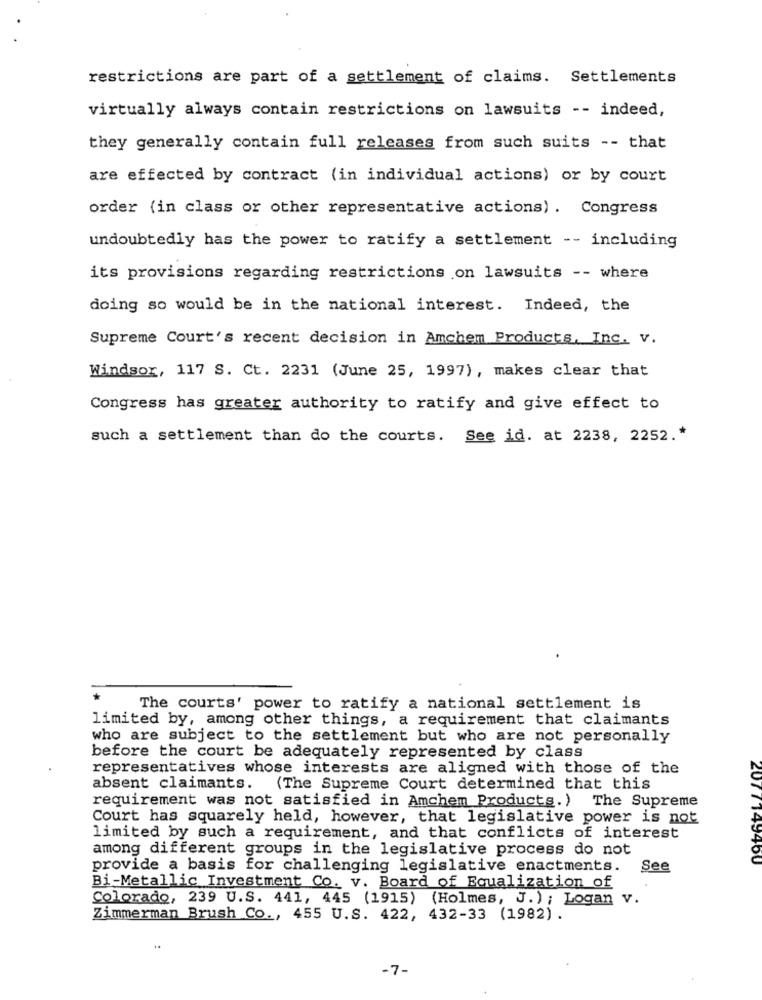
restrictions are part of a settlement of claims. Settlements
virtually always contain restrictions on lawsuits -- indeed,
they generally contain full releases from such suits -- that
are effected by contract (in individual actions) or by court
order (in class or other representative actions) . Congress
undoubtedly has the power to ratify a settlement -- including
its provisions regarding restrictions on lawsuits -- where
doing so would be in the national interest. Indeed, the
Supreme Court's recent decision in Amchem Products, Inc. v.
Windsor, 117 S. Ct. 2231 (June 25, 1997), makes clear that
Congress has greater authority to ratify and give effect to
such a settlement than do the courts. See id. at 2238, 2252 .*
The courts' power to ratify a national settlement is
limited by, among other things, a requirement that claimants
who are subject to the settlement but who are not personally
before the court be adequately represented by class
representatives whose interests are aligned with those of the
absent claimants. (The Supreme Court determined that this
requirement was not satisfied in Amchem Products.) The Supreme
Court has squarely held, however, that legislative power is not
limited by such a requirement, and that conflicts of interest
among different groups in the legislative process do not
149400
provide a basis for challenging legislative enactments.
See
Bi-Metallic Investment Co. v. Board of Equalization of
Colorado, 239 U.S. 441, 445 (1915) (Holmes, J. ) ; Logan v.
Zimmerman Brush Co ., 455 U.S. 422, 432-33 (1982) .
-7-